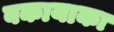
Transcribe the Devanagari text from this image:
बकायाका